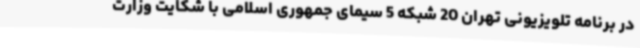
در برنامه تلویزیونی تهران 20 شبکه 5 سیمای جمهوری اسلامی با شکایت وزارت